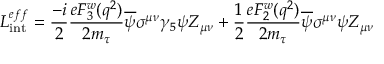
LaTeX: { \cal L } _ { \mathrm { i n t } } ^ { e f f } = \frac { - i } { 2 } \frac { e { F _ { 3 } ^ { w } ( q ^ { 2 } ) } } { 2 m _ { \tau } } \overline { { { \psi } } } \sigma ^ { \mu \nu } \gamma _ { 5 } \psi Z _ { \mu \nu } + \frac { 1 } { 2 } \frac { e { F _ { 2 } ^ { w } ( q ^ { 2 } ) } } { 2 m _ { \tau } } \overline { { { \psi } } } \sigma ^ { \mu \nu } \psi Z _ { \mu \nu }